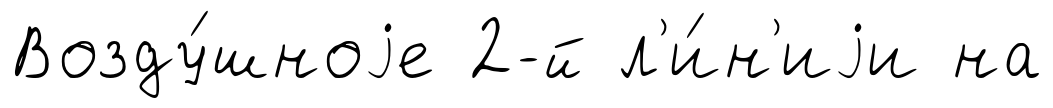
Возду́шноjе 2-й л'и́н'иjи на